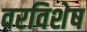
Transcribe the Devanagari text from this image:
वरविशेष